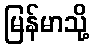
မြန်မာသို့